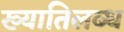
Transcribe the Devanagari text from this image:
ख्‍यातिलब्‍ध